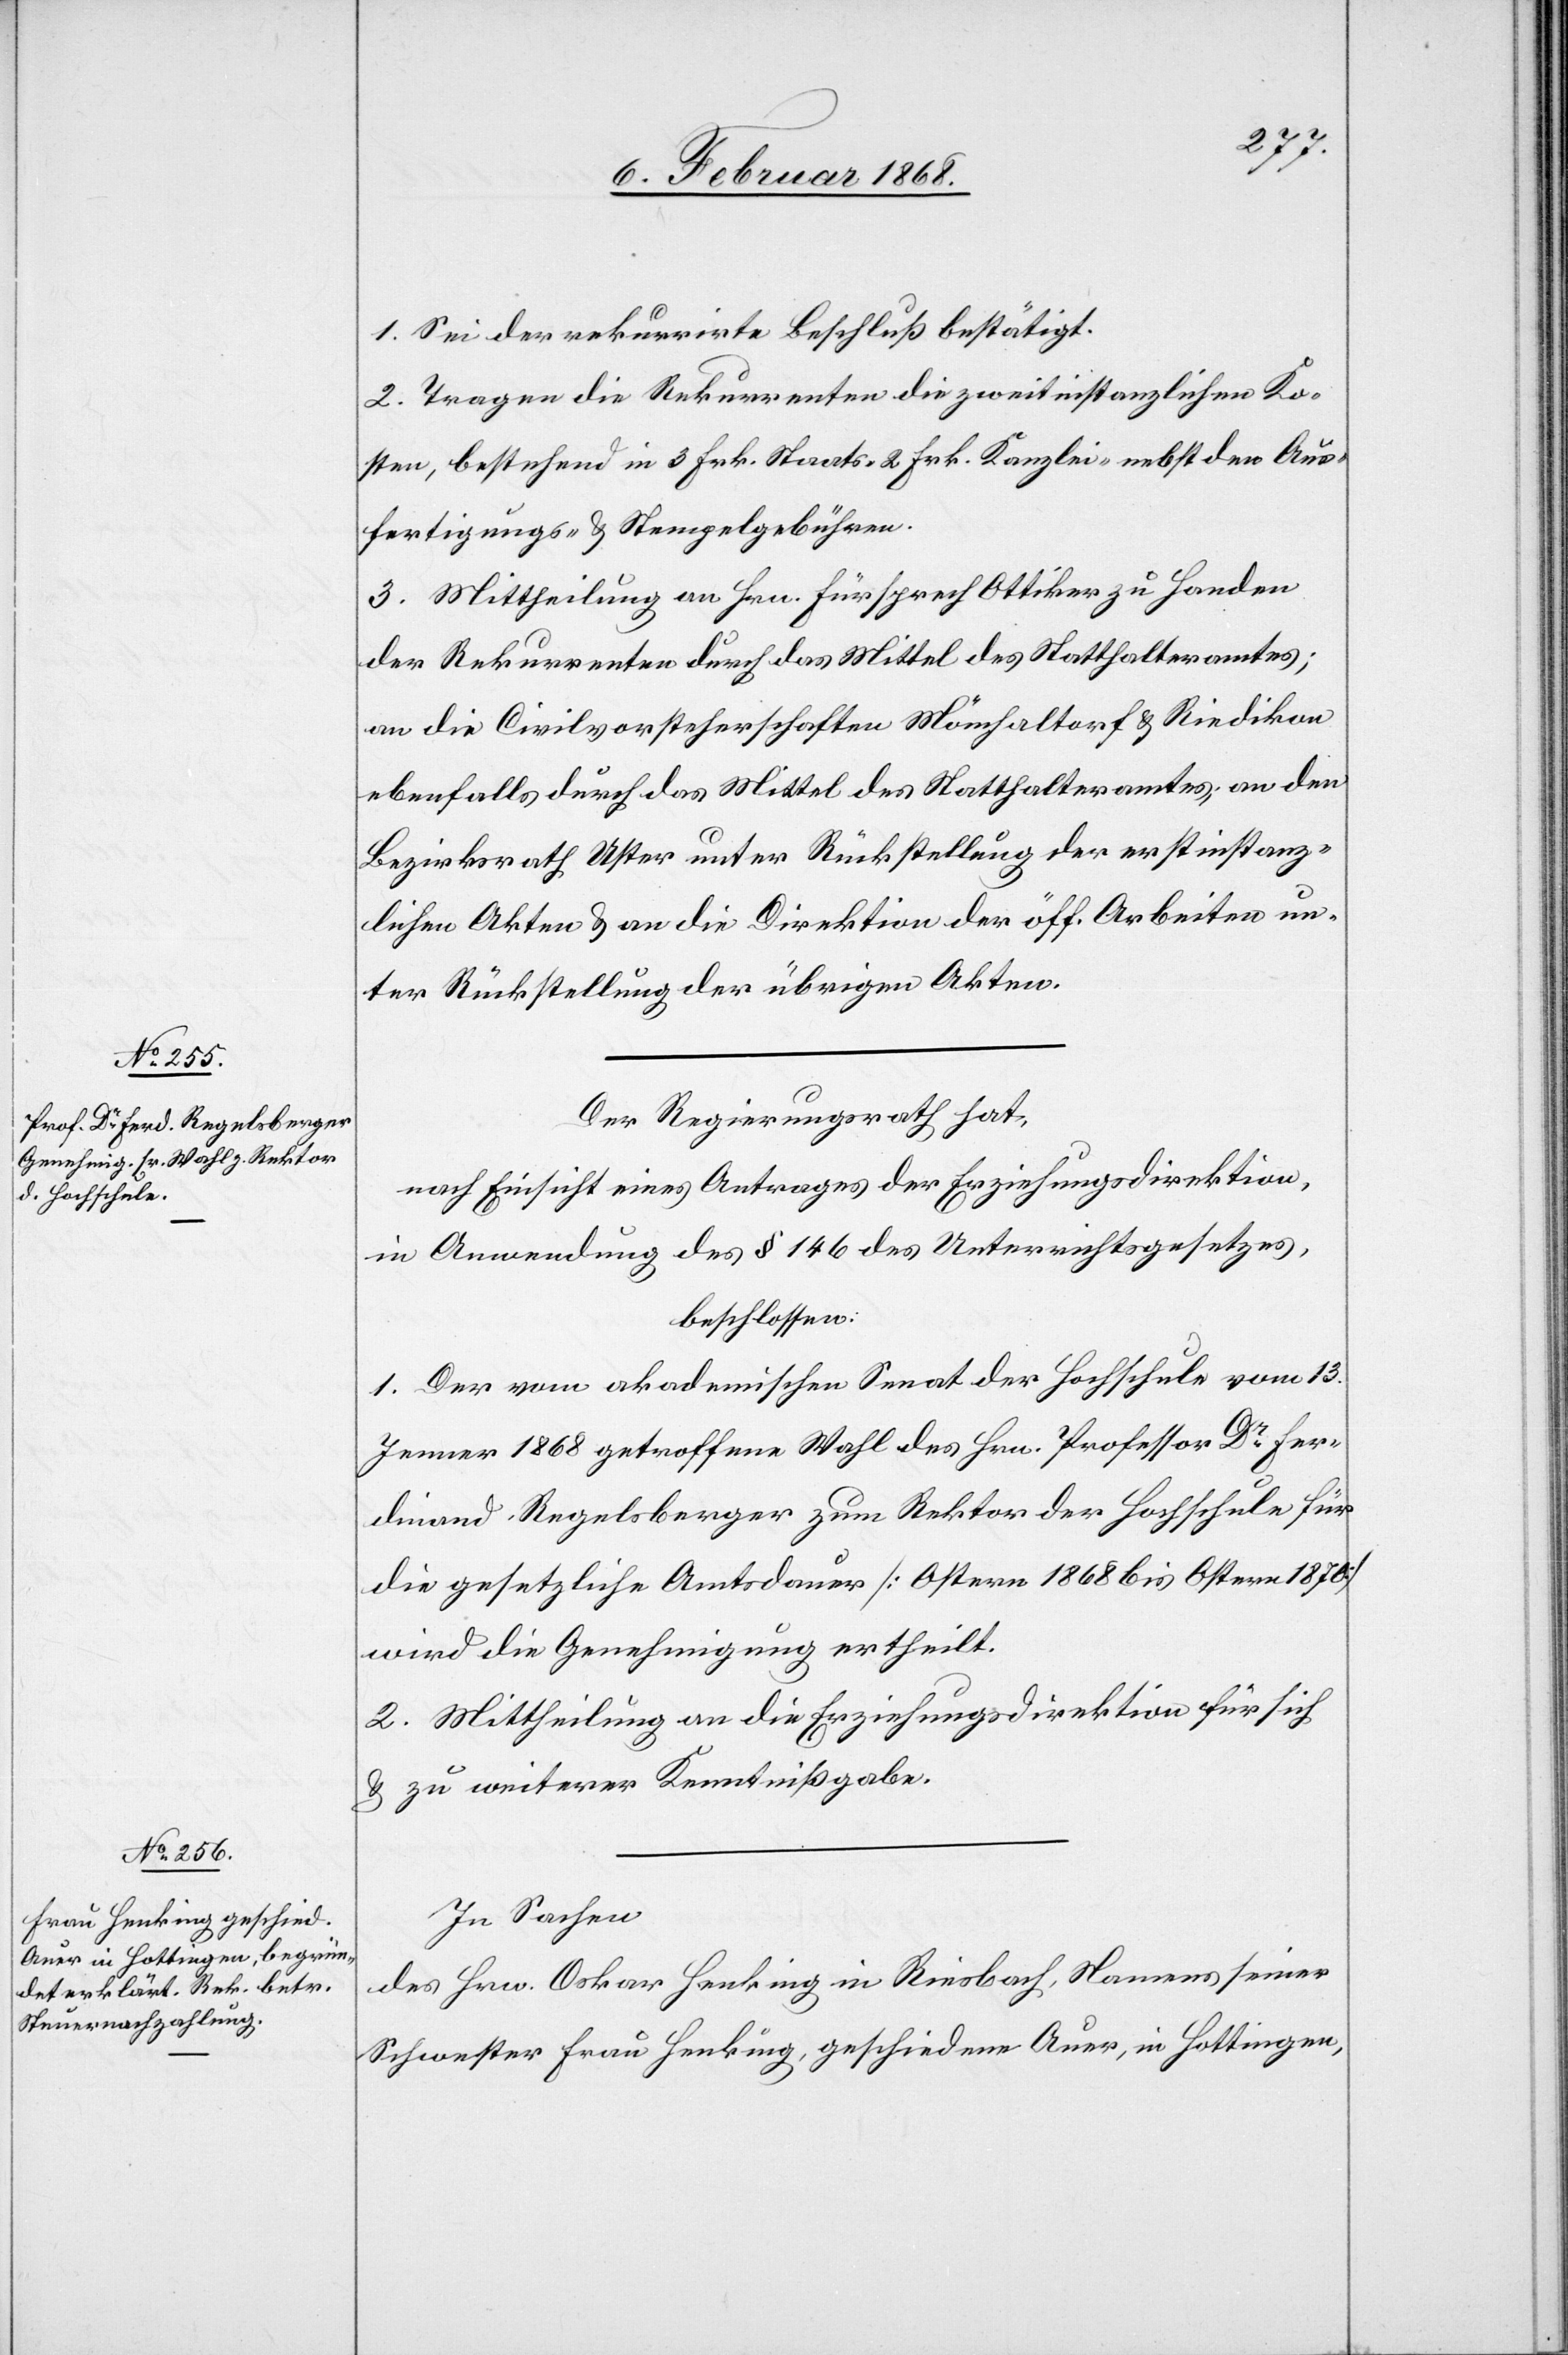
1. Sei der rekurrirte Beschluß bestätigt.
2. Tragen die Rekurrenten die zweitinstanzlichen Ko¬
sten, bestehend in 3 Frk. Staats-[,] 2 Frk. Kanzlei-[,] nebst den Aus¬
fertigungs- & Stempelgebühren.
3. Mittheilung an Hrn. Fürsprech Ottiker zu Handen
der Rekurrenten durch das Mittel des Statthalteramtes;
an die Civilvorsteherschaften Mönchaltorf & Riedikon
ebenfalls durch das Mittel des Statthalteramtes; an den
Bezirksrath Uster unter Rückstellung der erstinstanz¬
lichen Akten & an die Direktion der öff. Arbeiten un¬
ter Rückstellung der übrigen Akten.
Der Regierungsrath hat,
nach Einsicht eines Antrages der Erziehungsdirektion,
in Anwendung des § 146 des Unterrichtsgesetzes,
beschlossen:
1. Der vom akademischen Senat der Hochschule vom 13.
Jenner 1868 getroffene[n] Wahl des Hrn. Professor Dr. Fer¬
dinand Regelsberger zum Rektor der Hochschule für
die gesetzliche Amtsdauer [Ostern 1868 bis Ostern 1870]
wird die Genehmigung ertheilt.
2. Mittheilung an die Erziehungsdirektion für sich
& zu weiterer Kenntnißgabe.
In Sachen
des Hrn. Oskar Henking in Riesbach, Namens seiner
Schwester Frau Henking, geschiedene Auer, in Hottingen,